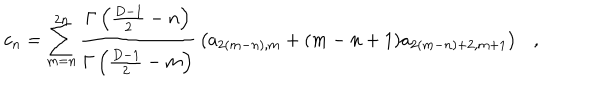
c _ { n } = \sum _ { m = n } ^ { 2 n } { \frac { \Gamma \left( { \frac { D - 1 } { 2 } } - n \right) } { \Gamma \left( { \frac { D - 1 } { 2 } } - m \right) } } \left( a _ { 2 ( m - n ) , m } + ( m - n + 1 ) a _ { 2 ( m - n ) + 2 , m + 1 } \right) ,